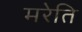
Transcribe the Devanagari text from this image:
मरेति